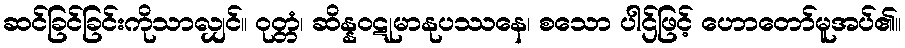
ဆင်ခြင်ခြင်းကိုသာလျှင်။ ဝုတ္တံ၊ ဆိန္နဝဋုမာနုပဿနေ၊ စသော ပါဌ်ဖြင့် ဟောတော်မူအပ်၏။